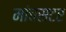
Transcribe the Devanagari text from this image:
मांचसटर